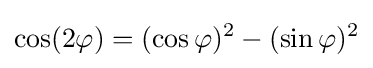
\cos(2\varphi )=(\cos \varphi )^{2}-(\sin \varphi )^{2}